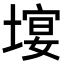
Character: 𡏉